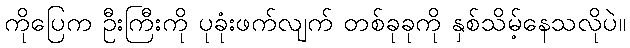
ကိုပြေက ဦးကြီးကို ပုခုံးဖက်လျက် တစ်ခုခုကို နှစ်သိမ့်နေသလိုပဲ။